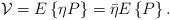
LaTeX: \begin{align*}{\mathcal V} = E\left\{ \eta P \right\} = \bar{\eta} E\left\{ P \right\}.\end{align*}